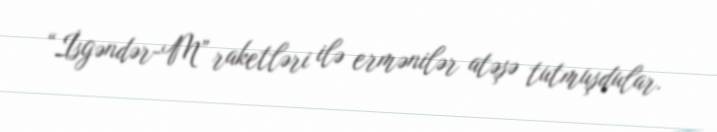
“İsgəndər-M” raketləri ilə ermənilər atəşə tutmuşdular.